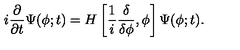
i \frac { \partial } { \partial t } \Psi ( \phi ; t ) = H \left[ \frac { 1 } { i } \frac { \delta } { \delta \phi } , \phi \right] \Psi ( \phi ; t ) .